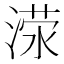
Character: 𬈜